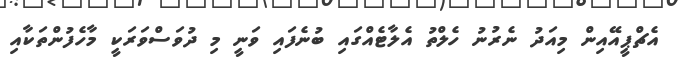
އެޗްޕީއޭއިން މިއަދު ނެރުނު ހެލްތު އެލާޓެއްގައި ބުނެފައި ވަނީ މި ދުވަސްވަރަކީ މާހެފުންތަކާއި